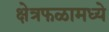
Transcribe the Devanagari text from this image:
क्षेत्रफळामध्ये